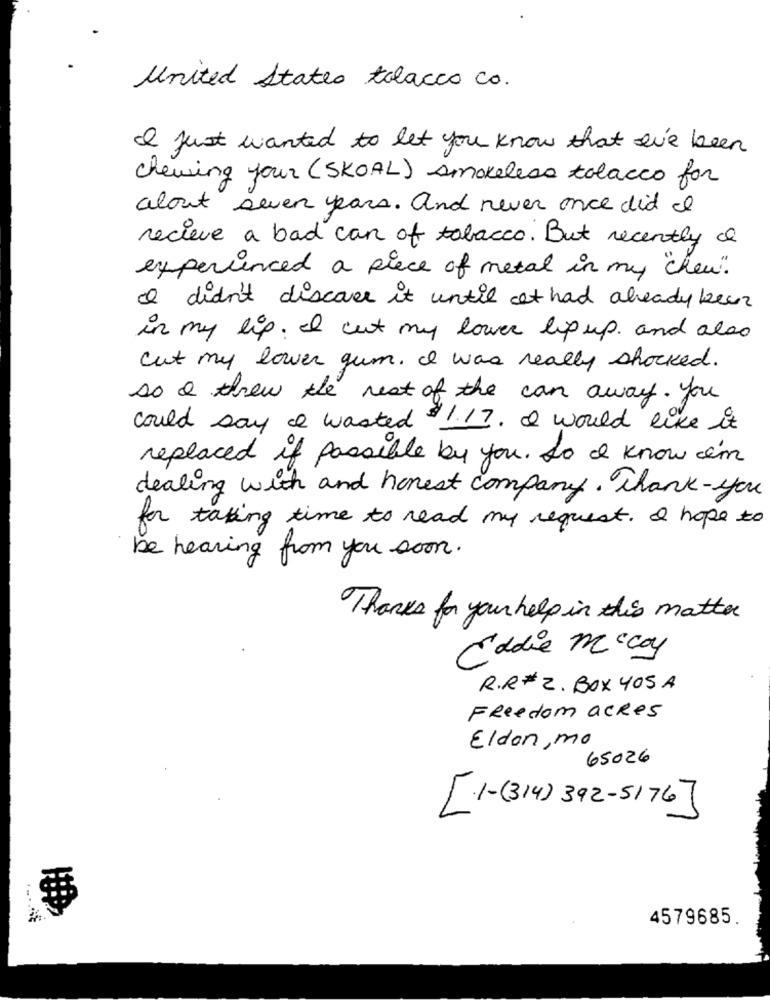
United States tobacco co.
I just wanted to let you know that ave been
chewing your (SKOAL) smokeless tolacco for
about seven years. and never once did It
recieve a bad can of tobacco. But recently
experienced a piece of metal in my "cheu"
I didn't discover it until cet had already been
in my lip. I cut my lower lip up, and also
cut my lower gum, I was really shocked.
so I threw the rest of the can away. You
could say & wasted 1.17. I would like it
replaced if possible by you. So I know i'm
dealing with and honest company . Thank- you
for taking time to read my request. I hope to
be hearing from you soon.
Thanks for your help in this matter
Eddie Mccoy
R.R# 2. BOX 405 A
Freedom acres
Eldon, mo
65026
[1-(314) 392-5176]
4579685.